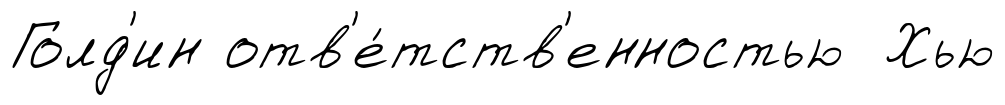
Голд'ин отв'е́тств'енностью Хью